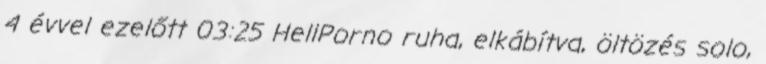
4 évvel ezelőtt 03:25 HellPorno ruha, elkábítva, öltözés solo,